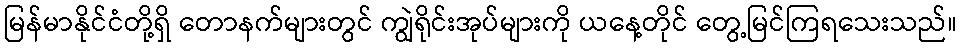
မြန်မာနိုင်ငံတို့ရှိ တောနက်များတွင် ကျွဲရိုင်းအုပ်များကို ယနေ့တိုင် တွေ့မြင်ကြရသေးသည်။